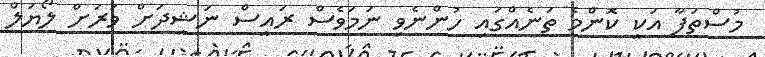
މުސްތަފާ އަކީ ކޮންމެ ތަނެއްގައި ހުންނެވި ނަމަވެސް ރައީސް ނަޝީދަށް ވަރަށް ލޯޔަލް